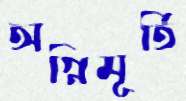
অগ্নিমূর্তি